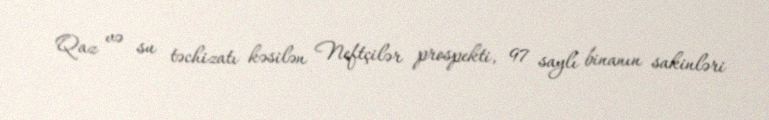
Qaz və su təchizatı kəsilən Neftçilər prospekti, 97 saylı binanın sakinləri